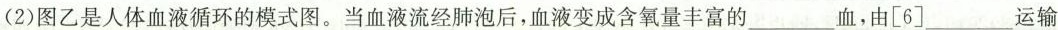
(2)图乙是人体血液循环的模式图。当血液流经肺泡后，血液变成含氧量丰富的___血，由[6]___运输